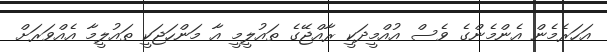
އަހަރެމެން އެންމެންގެ ވެސް އުއްމީދަކީ ރާއްޖޭގެ ތައުލީމީ އާ މަންހަޖަކީ ތައުލީމާ އެއްވަރަށް